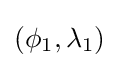
(\phi _{1},\lambda _{1})\,\!